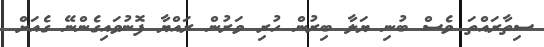
ސިތާރައްތަ ވެސް ބުނި ޔަލާ ބިރުން ހުރި ވަރުން ރައްޔާ ފޮނުވައިގެންނޭ ގެއަށް